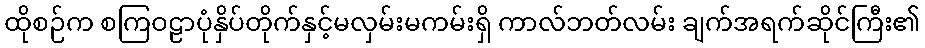
ထိုစဉ်က စကြဝဠာပုံနှိပ်တိုက်နှင့်မလှမ်းမကမ်းရှိ ကာလ်ဘတ်လမ်း ချက်အရက်ဆိုင်ကြီး၏